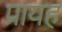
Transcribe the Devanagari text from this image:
प्रायह